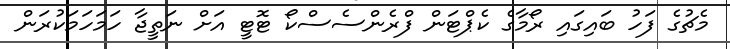
މެޗުގެ ފަހު ބައިގައި ރޯމާގެ ކެޕްޓަން ފްރެންސެސްކޯ ޓޮޓީ އަށް ނަތީޖާ ހަމަހަމަކުރަން